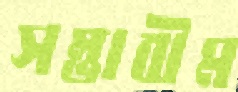
সম্ভাবীম